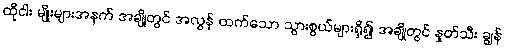
ထိုငါး မျိုးများအနက် အချို့တွင် အလွန် ထက်သော သွားစွယ်များရှိ၍ အချို့တွင် နှုတ်သီး ချွန်